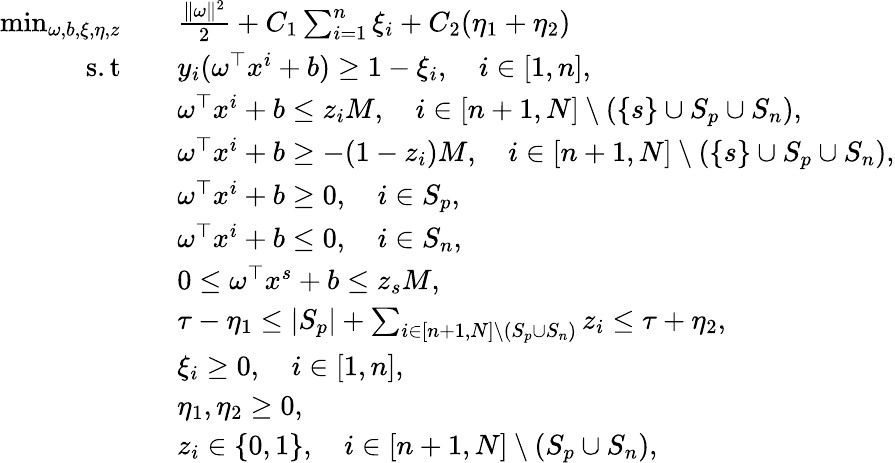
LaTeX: \begin{array}{rl}{\operatorname*{min}_{\omega,b,\xi,\eta,z}\quad}&{\frac{\Vert\omega\Vert^{2}}{2}+C_{1}\sum_{i=1}^{n}\xi_{i}+C_{2}(\eta_{1}+\eta_{2})}\\ {\mathrm{s.t}\quad}&{y_{i}(\omega^{\top}x^{i}+b)\geq 1-\xi_{i},\quad i\in[1,n],}\\ &{\omega^{\top}x^{i}+b\leq z_{i}M,\quad i\in[n+1,N]\setminus(\{ s\} \cup S_{p}\cup S_{n}),}\\ &{\omega^{\top}x^{i}+b\geq-(1-z_{i})M,\quad i\in[n+1,N]\setminus(\{ s\} \cup S_{p}\cup S_{n}),}\\ &{\omega^{\top}x^{i}+b\geq 0,\quad i\in S_{p},}\\ &{\omega^{\top}x^{i}+b\leq 0,\quad i\in S_{n},}\\ &{0\leq\omega^{\top}x^{s}+b\leq z_{s}M,}\\ &{\tau-\eta_{1}\leq\vert S_{p}\vert+\sum_{i\in[n+1,N]\setminus(S_{p}\cup S_{n})}z_{i}\leq\tau+\eta_{2},}\\ &{\xi_{i}\geq 0,\quad i\in[1,n],}\\ &{\eta_{1},\eta_{2}\geq 0,}\\ &{z_{i}\in\{ 0,1\} ,\quad i\in[n+1,N]\setminus(S_{p}\cup S_{n}),}\end{array}